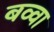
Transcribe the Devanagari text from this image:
बव्वा